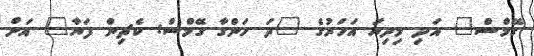
ގޭމްސް" އަދި މިދިޔަ އަހަރުގެ "ދަ ހަންގާ ގޭމްސް: ކެޗިން ފަޔާ" އަށް